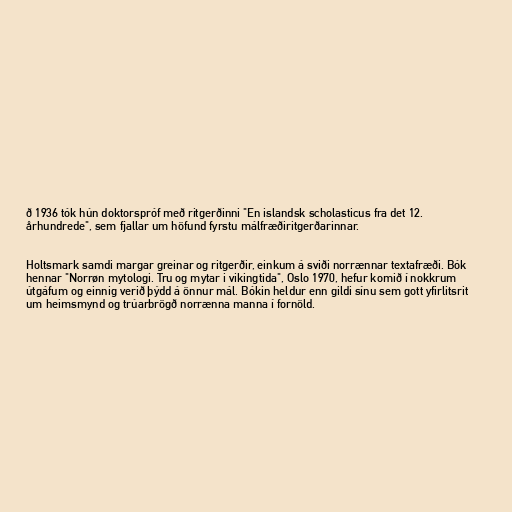
ð 1936 tók hún doktorspróf með ritgerðinni "En islandsk scholasticus fra det 12.
århundrede", sem fjallar um höfund fyrstu málfræðiritgerðarinnar.

Holtsmark samdi margar greinar og ritgerðir, einkum á sviði norrænnar textafræði. Bók
hennar "Norrøn mytologi. Tru og mytar i vikingtida", Oslo 1970, hefur komið í nokkrum
útgáfum og einnig verið þýdd á önnur mál. Bókin heldur enn gildi sínu sem gott yfirlitsrit
um heimsmynd og trúarbrögð norrænna manna í fornöld.